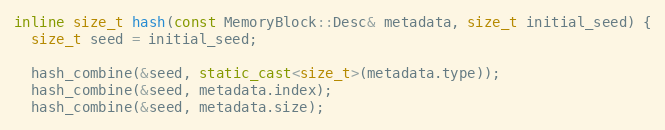
Language: C++
inline size_t hash(const MemoryBlock::Desc& metadata, size_t initial_seed) {
  size_t seed = initial_seed;

  hash_combine(&seed, static_cast<size_t>(metadata.type));
  hash_combine(&seed, metadata.index);
  hash_combine(&seed, metadata.size);